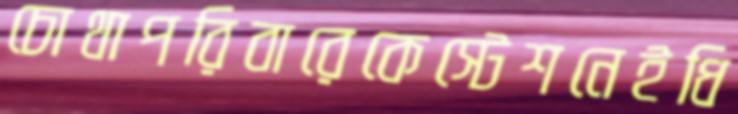
চোথাপরিবারেকেস্টেশনেইধি